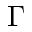
\Gamma